Report of the Indian Hemp Drugs Commission, 1894-1895 - Volume V
Year: 1894
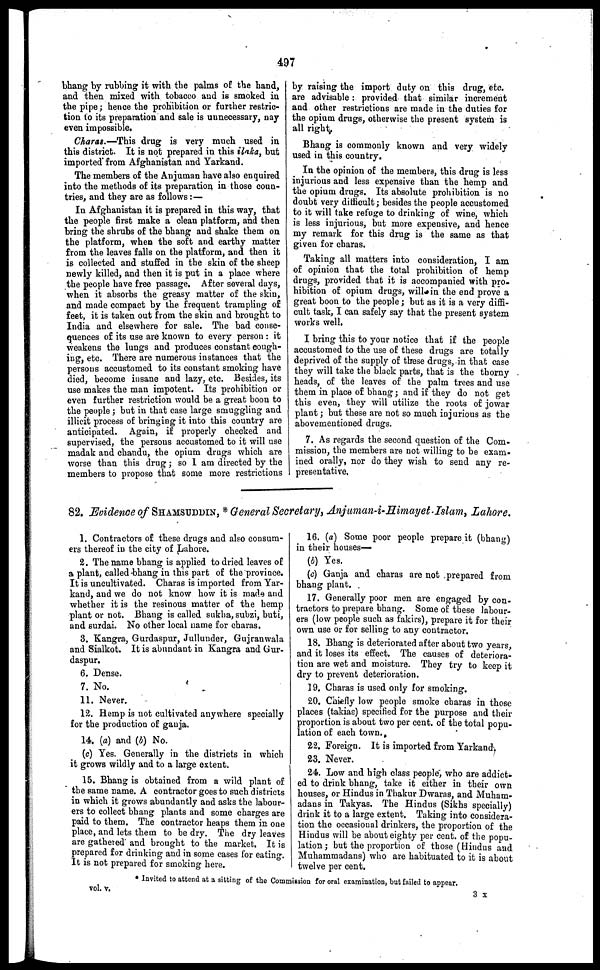
497
bhang by rubbing it with the palms of the hand,
and then mixed with tobacco and is smoked in
the pipe; hence the prohibition or further restric-
tion to its preparation and sale is unnecessary, nay
even impossible.
Charas.—This drug is very much used in
this district. It is not prepared in this ilaka, but
imported from Afghanistan and Yarkand.
The members of the Anjuman have also enquired
into the methods of its preparation in those coun-
tries, and they are as follows:—
In Afghanistan it is prepared in this way, that
the people first make a clean platform, and then
bring the shrubs of the bhang and shake them on
the platform, when the soft and earthy matter
from the leaves falls on the platform, and then it
is collected and stuffed in the skin of the sheep
newly killed, and then it is put in a place where
the people have free passage. After several days,
when it absorbs the greasy matter of the skin,
and made compact by the frequent trampling of
feet, it is taken out from the skin and brought to
India and elsewhere for sale. The bad conse-
quences of its use are known to every person : it
weakens the lungs and produces constant cough-
ing, etc. There are numerous instances that the
persons accustomed to its constant smoking have
died, become insane and lazy, etc. Besides, its
use makes the man impotent. Its prohibition or
even further restriction would be a great boon to
the people ; but in that case large smuggling and
illicit process of bringing it into this country are
anticipated. Again, if properly checked and
supervised, the persons accustomed to it will use
madak and chandu, the opium drugs which are
worse than this drug; so I am directed by the
members to propose that some more restrictions
by raising the import duty on this drug, etc.
are advisable: provided that similar increment
and other restrictions are made in the duties for
the opium drugs, otherwise the present system is
all right.
Bhang is commonly known and very widely
used in this country.
In the opinion of the members, this drug is less
injurious and less expensive than the hemp and
the opium drugs. Its absolute prohibition is no
doubt very difficult; besides the people accustomed
to it will take refuge to drinking of wine, which
is less injurious, but more expensive, and hence
my remark for this drug is the same as that
given for charas.
Taking all matters into consideration, I am
of opinion that the total prohibition of hemp
drugs, provided that it is accompanied with pro-
hibition of opium drugs, will in the end prove a
great boon to the people; but as it is a very diffi-
cult task, I can safely say that the present system
works well.
I bring this to your notice that if the people
accustomed to the use of these drugs are totally
deprived of the supply of these drugs, in that case
they will take the black parts, that is the thorny
heads, of the leaves of the palm trees and use
them in place of bhang; and if they do not get
this even, they will utilize the roots of jowar
plant; but these are not so much injurious as the
abovementioned drugs.
7. As regards the second question of the Com-
mission, the members are not willing to be exam-
ined orally, nor do they wish to send any re-
presentative,
82. Evidence of SHAMSUDDIN , * General Secretary, Anjaman-i-Himayet-Islam, Lahore.
1. Contractors of these drugs and also consum-
ers thereof in the city of Lahore.
2. The name bhang is applied to dried leaves of
a plant, called bhang in this part of the province.
It is uncultivated. Charas is imported from Yar-
kand, and we do not know how it is made and
whether it is the resinous matter of the hemp
plant or not. Bhang is called sukha, subzi, buti,
and surdai. No other local name for charas.
3. Kangra, Gurdaspur, Jullunder, Gujranwala
and Sialkot. It is abundant in Kangra and Gur-
daspur.
6. Dense.
7. No.
11. Never.
12. Hemp is not cultivated anywhere specially
for the production of ganja.
14. (a) and (b) No.
(c) Yes. Generally in the districts in which
it grows wildly and to a large extent.
15. Bhang is obtained from a wild plant of
the same name. A contractor goes to such districts
in which it grows abundantly and asks the labour-
ers to collect bhang plants and some charges are
paid to them. The contractor heaps them in one
place, and lets them to be dry. The dry leaves
are gathered and brought to the market. It is
prepared for drinking and in some cases for eating.
It is not prepared for smoking here.
16. (a) Some poor people prepare it (bhang)
in their houses—
(b) Yes.
(c) Ganja and charas are not prepared from
bhang plant.
17. Generally poor men are engaged by con-
tractors to prepare bhang. Some of these labour-
ers (low people such as fakirs), prepare it for their
own use or for selling to any contractor.
18. Bhang is deteriorated after about two years,
and it loses its effect. The causes of deteriora-
tion are wet and moisture. They try to keep it
dry to prevent deterioration.
19. Charas is used only for smoking.
20. Chiefly low people smoke charas in those
places (takias) specified for the purpose and their
proportion is about two per cent. of the total popu-
lation of each town.
22. Foreign. It is imported from Yarkand.
23. Never.
24. Low and high class people, who are addict-
ed to drink bhang, take it either in their own
houses, or Hindus in Thakur Dwaras, and Muham-
adans in Takyas. The Hindus (Sikhs specially)
drink it to a large extent. Taking into considera-
tion the occasional drinkers, the proportion of the
Hindus will be about eighty per cent. of the popu-
lation; but the proportion of those (Hindus and
Muhammadans) who are habituated to it is about
twelve per cent.
* Invited to attend at a sitting of the Commission for oral examination, but failed to appear.
vol. v
.
3
x